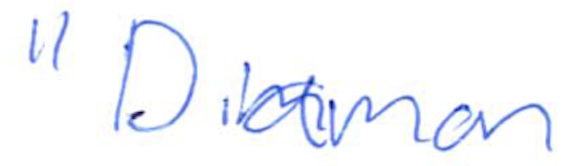
Text: "Diamon
Cross-out: clean
Writing tool: ballpoint